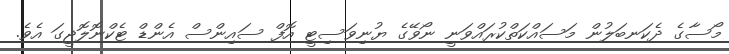
މޯސާގެ ދެކަނބަލުން މަސައްކަތްކުރައްވަނީ ނޯވޭގެ ޔުނިވަސިޓީ އޮފް ސައިންސް އެންޑް ޓެކްނޮލޮޖީގަ އެވެ.